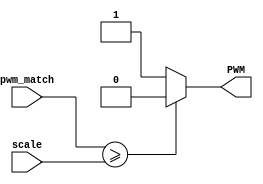
module tft_backlight(
	
	
	input	[3:0]	scale,
	input	[3:0]	pwm_match,
	output			PWM
);
	
	assign PWM = (pwm_match >= scale) ? 1'b0 : 1'b1;
	
endmodule